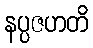
နပ္ပဇဟတိ